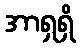
အာရှရှိ